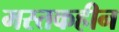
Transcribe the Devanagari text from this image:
मस्तकहीन